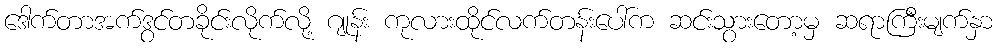
ဒေါက်တာအက်ဒွင်တခိုင်းလိုက်လို့ ဂျုန်း ကုလားထိုင်လက်တန်းပေါ်က ဆင်းသွားတော့မှ ဆရာကြီးမျက်နှာ